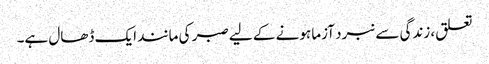
تعلق، زندگی سے نبرد آزما ہونے کے لیے صبر کی مانند ایک ڈھال ہے۔